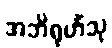
အဘိရုဟိံသု